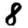
Digit: 8